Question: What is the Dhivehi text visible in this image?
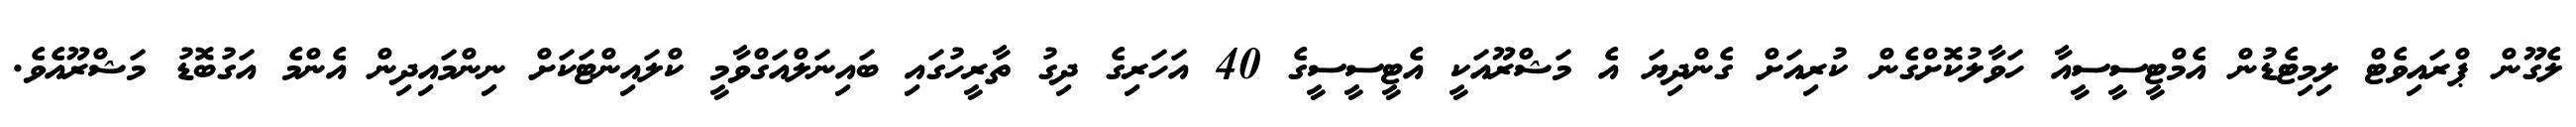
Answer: ލެގޫން ޕްރައިވެޓް ލިމިޓެޑުން އެމްޓީސީސީއާ ހަވާލުކޮށްގެން ކުރިއަށް ގެންދިޔަ އެ މަޝްރޫއަކީ އެޓީސީސީގެ 40 އަހަރިގެ ދިގު ތާރީހުގައި ބައިނަލްއަގްވާމީ ކްލައިންޓަކަށް ނިންމައިދިން އެންމެ އަގުބޮޑު މަޝްރޫއެވެ.